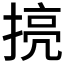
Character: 𱠜